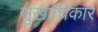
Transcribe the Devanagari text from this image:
सुखाधिकार